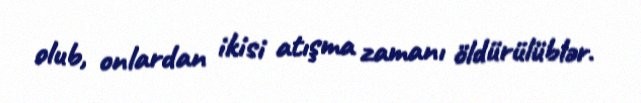
olub, onlardan ikisi atışma zamanı öldürülüblər.